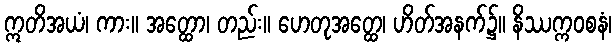
ဣတိအယံ၊ ကား။ အတ္ထော၊ တည်း။ ဟေတုအတ္ထေ၊ ဟိတ်အနက်၌။ နိဿက္ကဝစနံ၊